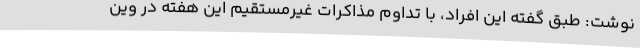
نوشت: طبق گفته این افراد، با تداوم مذاکرات غیرمستقیم این هفته در وین